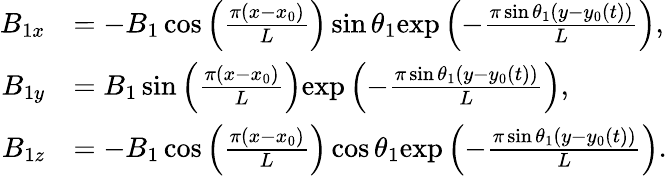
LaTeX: \begin{array}{rl}{B_{1x}}&{=-B_{1}\cos\left(\frac{\pi(x-x_{0})}{L}\right)\sin\theta_{1}\mathrm{exp}\left(-\frac{\pi\sin\theta_{1}(y-y_{0}(t))}{L}\right),}\\ {B_{1y}}&{=B_{1}\sin\left(\frac{\pi(x-x_{0})}{L}\right)\mathrm{exp}\left(-\frac{\pi\sin\theta_{1}(y-y_{0}(t))}{L}\right),}\\ {B_{1z}}&{=-B_{1}\cos\left(\frac{\pi(x-x_{0})}{L}\right)\cos\theta_{1}\mathrm{exp}\left(-\frac{\pi\sin\theta_{1}(y-y_{0}(t))}{L}\right).}\end{array}